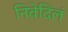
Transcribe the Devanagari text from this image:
निवेदिलं